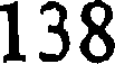
138